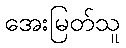
အေးမြတ်သူ